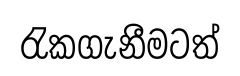
රැකගැනීමටත්